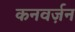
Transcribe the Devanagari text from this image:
कनवर्ज़न